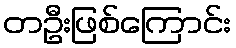
တဦးဖြစ်ကြောင်း